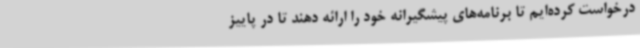
درخواست کرده‌ایم تا برنامه‌های پیشگیرانه خود را ارائه دهند تا در پاییز